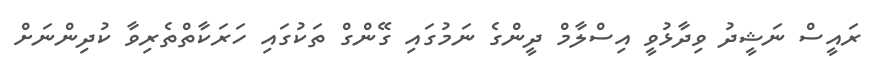
ރައީސް ނަޝީދު ވިދާޅުވީ އިސްލާމް ދީންގެ ނަމުގައި ގޭންގް ތަކުގައި ހަރަކާތްތެރިވާ ކުދިންނަށް